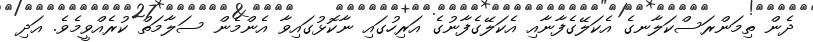
ދެން ތިމަންރަސްކަލާނގެ އެކަލޭގެފާނާއި އެކަލޭގެފާނުގެ އަރިހުގައި ނާކޮޅުގައިވާ އެންމެން ސަލާމަތް ކުރެއްވީމެވެ. އަދި